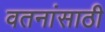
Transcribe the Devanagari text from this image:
वतनांसाठी